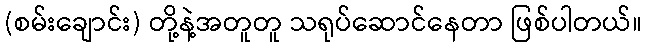
(စမ်းချောင်း) တို့နဲ့အတူတူ သရုပ်ဆောင်နေတာ ဖြစ်ပါတယ်။